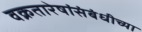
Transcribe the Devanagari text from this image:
वक्रतारेषांसंबंधीच्या